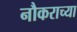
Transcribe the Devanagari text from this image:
नौकराच्या